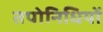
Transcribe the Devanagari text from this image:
तपोनिधियों